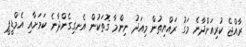
ރާއްޖެ ކުރިއަށްދާނެ މަގު ރައްޔިތުން މިއަދު ނިންމާ ގޮތަކުން އެނގިގެންދާނެ ކަމަށާއި އެމްޑީޕީ